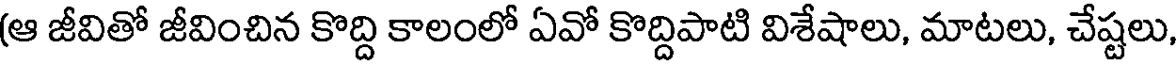
(ఆ జీవితో జీవించిన కొద్ది కాలంలో ఏవో కొద్దిపాటి విశేషాలు, మాటలు, చేష్టలు,